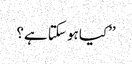
’’کیا ہو سکتا ہے؟